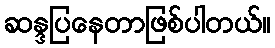
ဆန္ဒပြနေတာဖြစ်ပါတယ်။